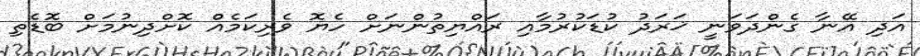
އަދި އޭނާ ގެންދަވަނީ ޚަރަދު ކުޑަކުރުމާއި ރައްޔިތުންނަށް ހެޔޮ ވެރިކަމެއް ކޮށްދިނުމަށް ބޮޑެތި